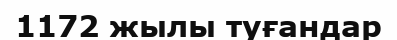
1172 жылы туғандар